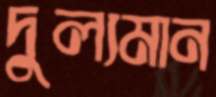
দুল্যমান